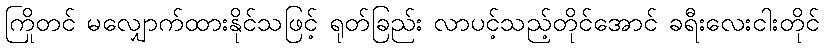
ကြိုတင် မလျှောက်ထားနိုင်သဖြင့် ရုတ်ခြည်း လာပင့်သည့်တိုင်အောင် ခရီးလေးငါးတိုင်